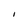
Character: I